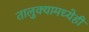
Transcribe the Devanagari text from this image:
तालुक्यामध्येही